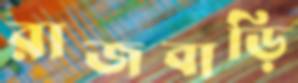
রাজবাড়ি